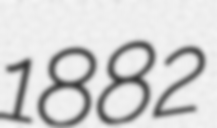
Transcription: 1882